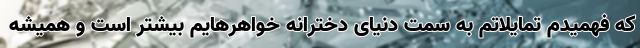
که فهمیدم تمایلاتم به سمت دنیای دخترانه خواهرهایم بیشتر است و همیشه